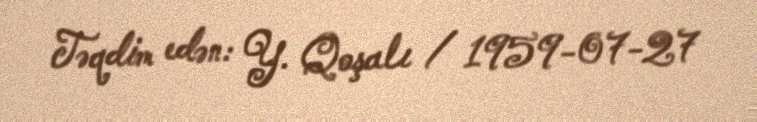
Təqdim edən: Y. Qoşalı / 1959-07-27